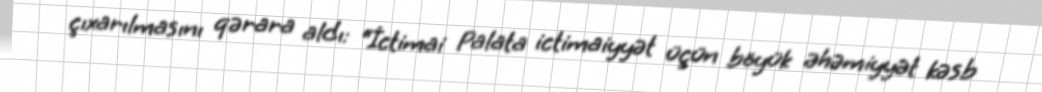
çıxarılmasını qərara aldı: “İctimai Palata ictimaiyyət üçün böyük əhəmiyyət kəsb